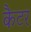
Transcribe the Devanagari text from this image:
कैटर